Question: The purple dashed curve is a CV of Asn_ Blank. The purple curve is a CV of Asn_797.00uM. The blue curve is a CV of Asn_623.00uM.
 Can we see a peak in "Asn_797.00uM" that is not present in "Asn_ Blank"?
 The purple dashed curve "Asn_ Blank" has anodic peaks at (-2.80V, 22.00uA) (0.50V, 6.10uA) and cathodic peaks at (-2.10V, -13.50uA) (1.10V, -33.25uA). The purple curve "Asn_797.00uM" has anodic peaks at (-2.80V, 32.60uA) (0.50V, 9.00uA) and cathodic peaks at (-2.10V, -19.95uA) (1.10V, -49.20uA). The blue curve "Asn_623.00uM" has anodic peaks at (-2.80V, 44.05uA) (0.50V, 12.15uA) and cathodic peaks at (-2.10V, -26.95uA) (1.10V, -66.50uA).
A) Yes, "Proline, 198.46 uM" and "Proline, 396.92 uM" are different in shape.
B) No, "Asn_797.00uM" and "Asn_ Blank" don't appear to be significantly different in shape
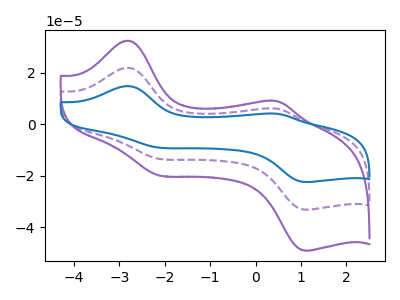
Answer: <think>All the peaks in "Asn_797.00uM" have a peak in "Asn_ Blank" at the same potential. Every peak in "Asn_797.00uM" is higher than every peak in "Asn_ Blank".
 </think>
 <answer>B) No, "Asn_797.00uM" and "Asn_ Blank" don't appear to be significantly different in shape</answer>
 <eval>B</eval>